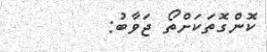
ކޮންގޮތަކަށްތޯ ޖަވާބު: